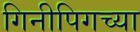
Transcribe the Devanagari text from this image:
गिनीपिगच्या